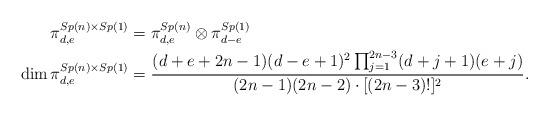
LaTeX: \begin{align*}\begin{aligned} \pi^{Sp(n)\times Sp(1)}_{d,e} &= \pi^{Sp(n)}_{d,e}\otimes \pi^{Sp(1)}_{d-e} \\ \dim \pi^{Sp(n)\times Sp(1)}_{d,e}&= \frac{(d+e+2n-1)(d-e+1)^2\prod_{j=1}^{2n-3} (d+j+1)(e+j)}{(2n -1)(2n-2)\cdot [(2n-3)!]^2}. \end{aligned}\end{align*}